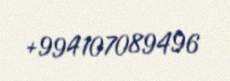
+994107089496